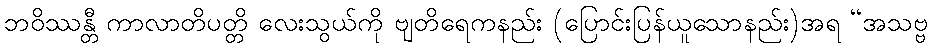
ဘဝိဿန္တီ ကာလာတိပတ္တိ လေးသွယ်ကို ဗျတိရေကနည်း (ပြောင်းပြန်ယူသောနည်း)အရ “အသဗ္ဗ